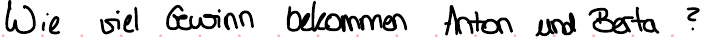
Wie viel Gewinn bekommen Anton und Berta?